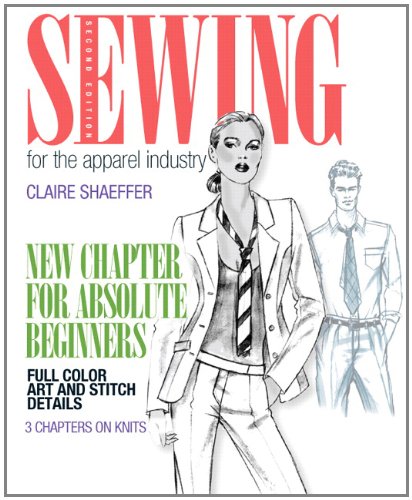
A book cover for Sewing for the Apparel Industry (2nd Edition) (Fashion Series); Claire Shaeffer; Business & Money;